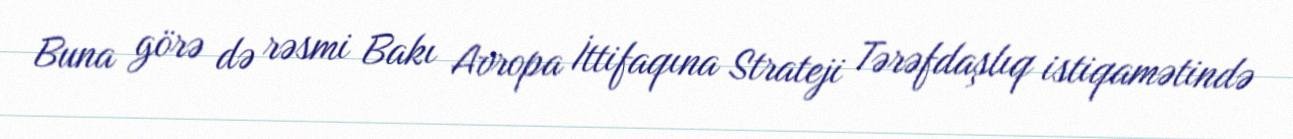
Buna görə də rəsmi Bakı Avropa İttifaqına Strateji Tərəfdaşlıq istiqamətində